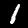
Label: 1